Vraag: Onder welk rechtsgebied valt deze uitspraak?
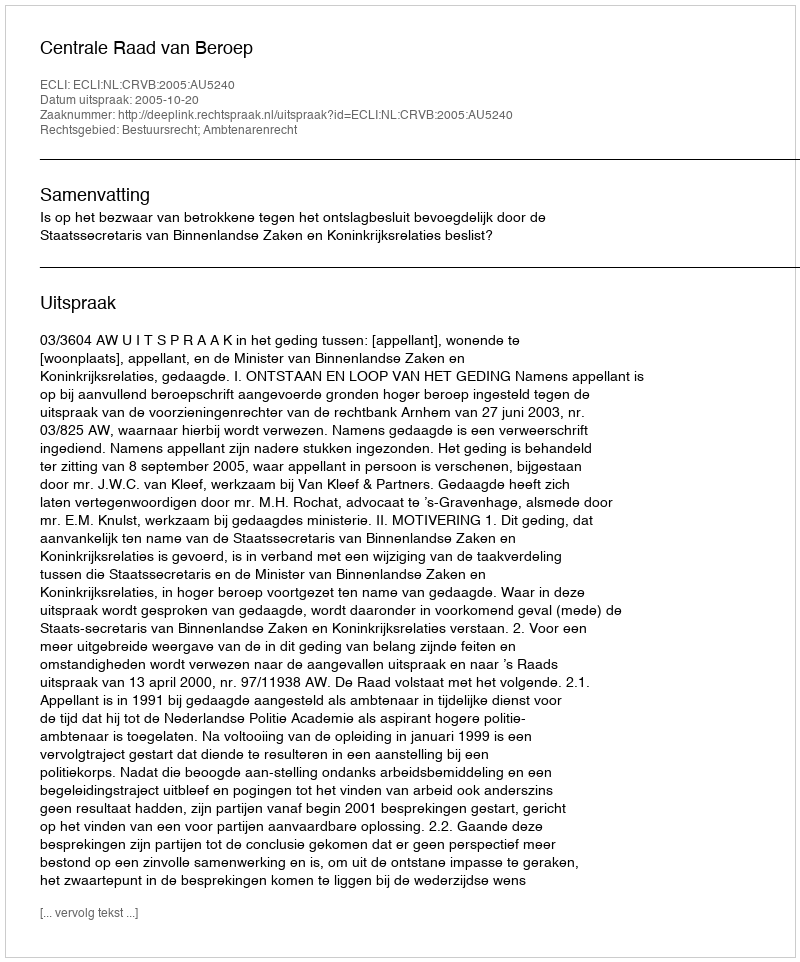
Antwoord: Bestuursrecht; Ambtenarenrecht